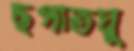
ছপাতঘু